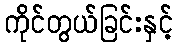
ကိုင်တွယ်ခြင်းနှင့်